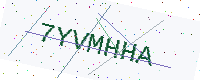
Text: 7YVMHHA